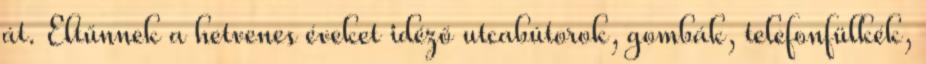
át. Eltűnnek a hetvenes éveket idéző utcabútorok, gombák, telefonfülkék,